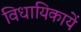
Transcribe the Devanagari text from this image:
विधायिकायें